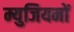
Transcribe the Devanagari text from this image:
म्युजियमों